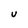
Character: U